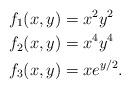
LaTeX: \begin{align*}f_1(x,y) &= x^2y^2 \\f_2(x,y) &= x^4y^4\\f_3(x,y) &= xe^{y/2}.\end{align*}